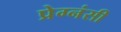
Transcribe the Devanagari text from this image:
प्रेग्नंसी